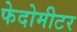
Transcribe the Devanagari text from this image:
फेदोमीटर